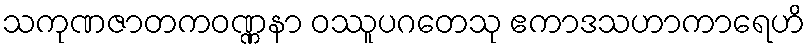
သကုဏဇာတကဝဏ္ဏနာ ဝဿူပဂတေသု ဧကာဒသဟာကာရေဟိ